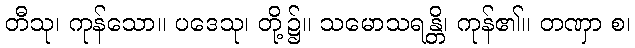
တီသု၊ ကုန်သော။ ပဒေသု၊ တို့၌။ သမောသရန္တိ၊ ကုန်၏။ တဏှာ စ၊